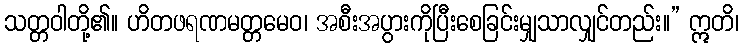
သတ္တဝါတို့၏။ ဟိတဖရဏမတ္တမေဝ၊ အစီးအပွားကိုပြီးစေခြင်းမျှသာလျှင်တည်း။” ဣတိ၊